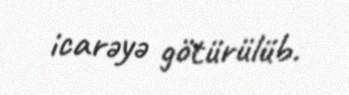
icarəyə götürülüb.